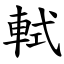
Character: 軾